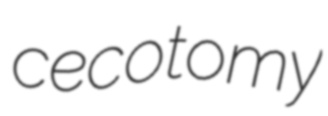
cecotomy